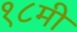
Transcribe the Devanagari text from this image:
१८मी